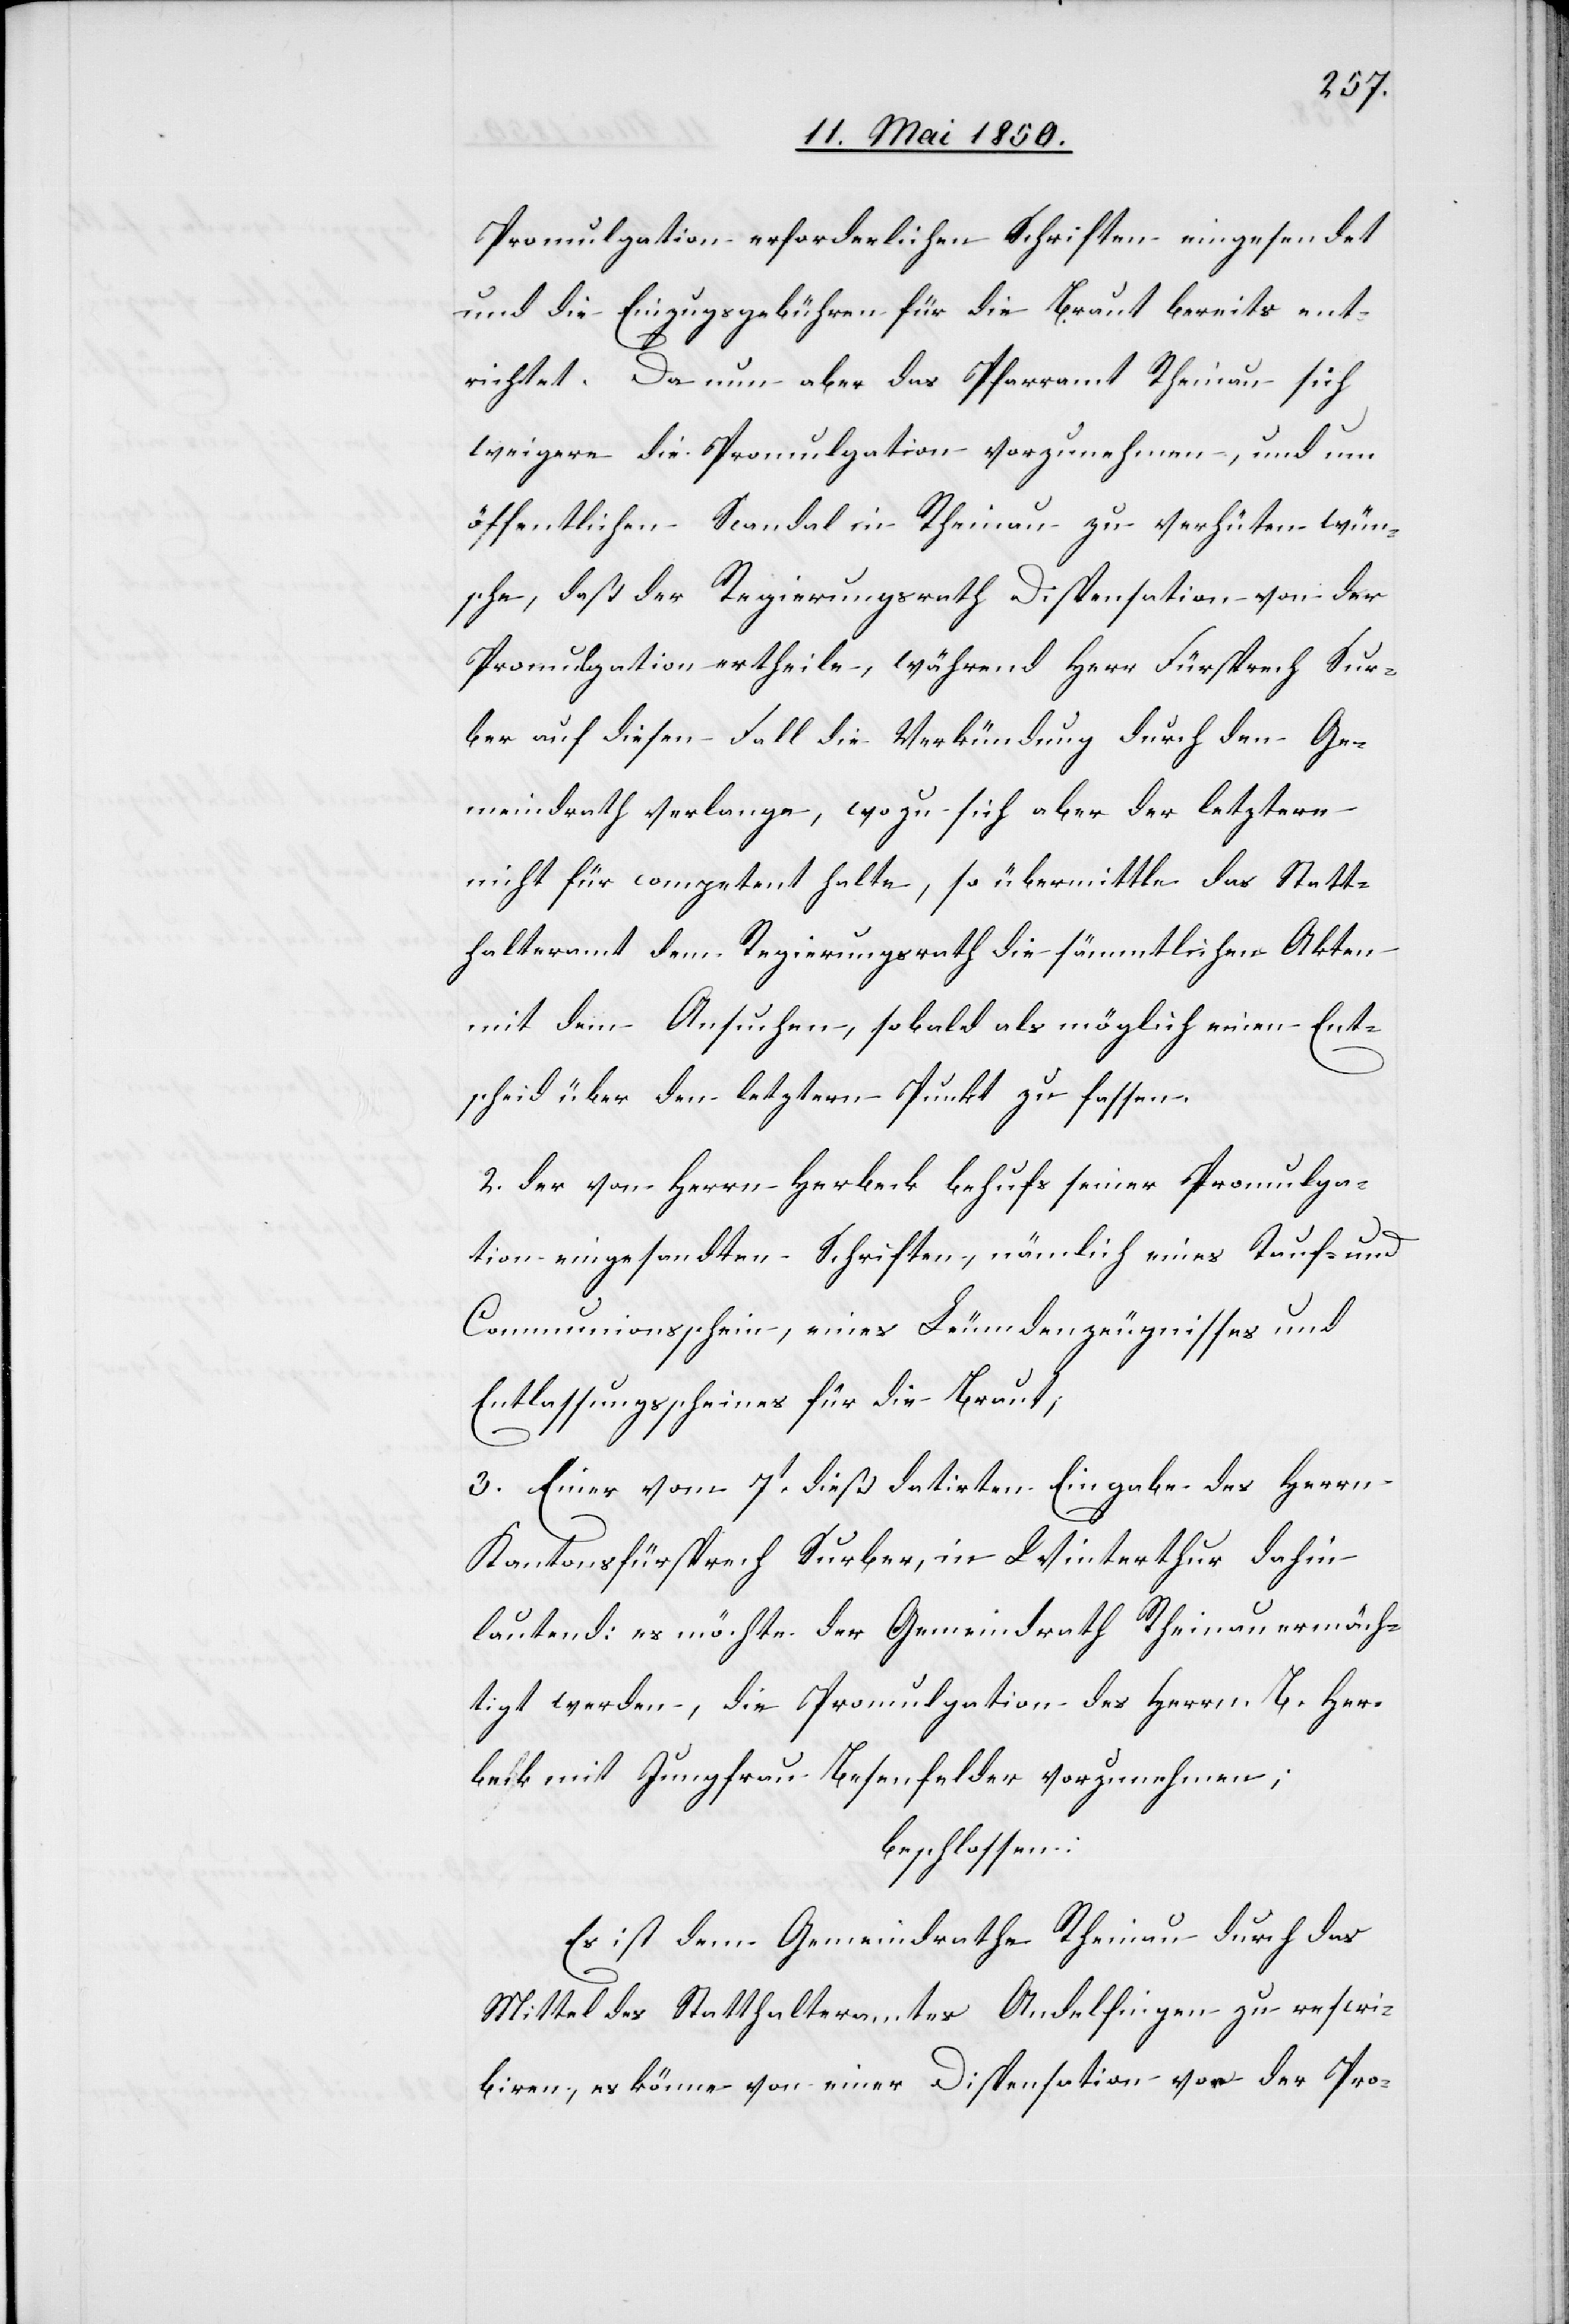
Promulgation erforderlichen Schriften eingesendet
und die Einzugsgebühren für die Braut bereits ent¬
richtet. Da nun aber das Pfarramt Rheinau sich
weigere die Promulgation vorzunehmen, und um
öffentlichen Scandal in Rheinau zu verhüten wün¬
sche, daß der Regierungsrath Dispensation von der
Promulgation ertheile, während Herr Fürsprech Sur¬
ber auf diesen Fall die Verkündung durch den Ge¬
meindrath verlange, wozu sich aber der letztere
nicht für competent halte, so übermittle das Statt¬
halteramt dem Regierungsrath die sämmtlichen Akten
mit dem Ansuchen, sobald als möglich einen Ent¬
scheid über den letztern Punkt zu fassen.
2. der von Herrn Herbeck behufs seiner Promulga¬
tion eingesandten Schriften, nämlich eines Taufs- und
Communionsschein, eines Leumdenzeugnisses und
Entlassungsscheines für die Braut;
3. Einer vom 7t dieß datirten Eingabe des Herrn
Kantonsfürsprech Surber, in Winterthur dahin
lautend: es möchte der Gemeindrath Rheinau ermäch¬
tigt werden, die Promulgation des Herrn B. Her¬
beck mit Jungfrau Besenfelder vorzunehmen;
beschlossen:
Es ist dem Gemeindrathe Rheinau durch das
Mittel des Statthalteramtes Andelfingen zu rescri¬
biren, es könne von einer Dispensation von der Pro-